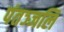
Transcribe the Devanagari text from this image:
पंतञ्जलि